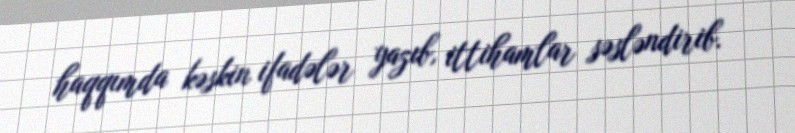
haqqımda kəskin ifadələr yazıb, ittihamlar səsləndirib.